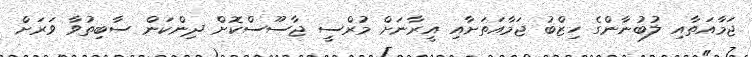
ޖަމާއަތާއި ލުބުނާންގެ ހިޒްބު ޖަމާއަތަށާއި އީރާނަށް މުރްސީ ޖާސޫސްކޮށް ދިންކަން ސާބިތުވާ ވަރަށް